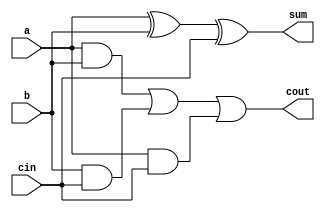
`timescale 1ns / 1ps
//////////////////////////////////////////////////////////////////////////////////
// Company: 
// Engineer: 
// 
// Design Name: 
// Module Name: FullAdder
// Project Name: 
// Target Devices: 
// Tool Versions: 
// Description: 
// Standard Full adder, instantiated by the RCA
// Dependencies: 
// 
// Revision:
// Revision 0.01 - File Created
// Additional Comments:
// 
//////////////////////////////////////////////////////////////////////////////////


`timescale 1ns / 1ps

module FullAdder(a, b, cin, sum, cout);

input a,b,cin;
output sum,cout;

assign sum=(a^b^cin);

assign cout=((a&b)|(b&cin)|(a&cin));

endmodule